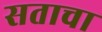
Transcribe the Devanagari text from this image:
सताचा